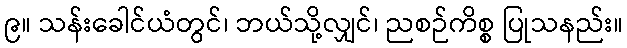
၉။ သန်းခေါင်ယံတွင်၊ ဘယ်သို့လျှင်၊ ညစဉ်ကိစ္စ ပြုသနည်း။